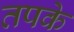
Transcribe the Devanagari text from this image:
तपके